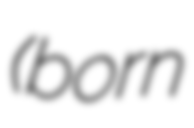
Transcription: (born